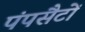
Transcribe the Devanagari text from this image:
पंपसैटों